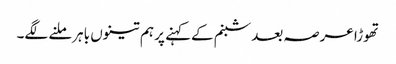
تھوڑا عرصہ بعد شبنم کےکہنے پر ہم تینوں باہرملنے لگے۔